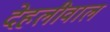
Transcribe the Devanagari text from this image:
देहलीवाल